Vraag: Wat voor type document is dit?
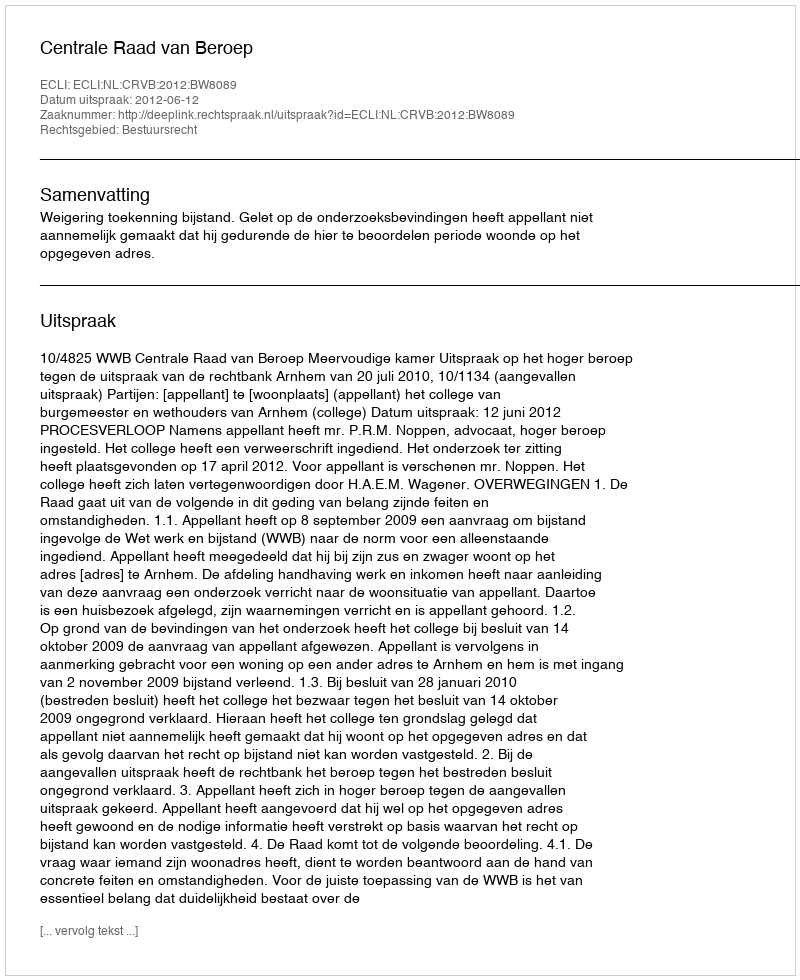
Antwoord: Uitspraak